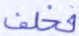
فخلف